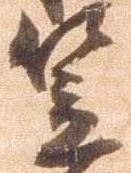
笠